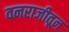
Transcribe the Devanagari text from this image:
वनराजीतून